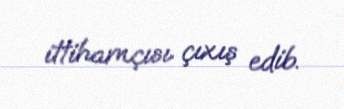
ittihamçısı çıxış edib.